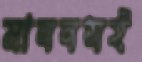
মাননসই